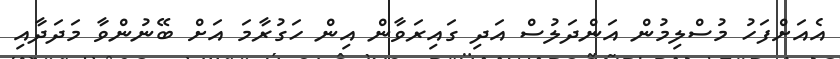
އެއަށްފަހު މުސްލިމުން އަންދަލުސް އަދި ގައިރަވާން އިން ހަގުރާމަ އަށް ބޭނުންވާ މަދަދާއި